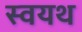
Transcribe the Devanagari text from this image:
स्वयथ